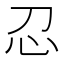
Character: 𢖫